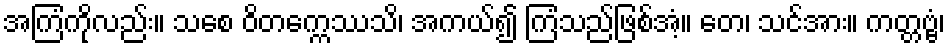
အကြံကိုလည်း။ သစေ ဝိတက္ကေဿသိ၊ အကယ်၍ ကြံသည်ဖြစ်အံ့။ တေ၊ သင်အား။ ကတ္တဗ္ဗံ၊